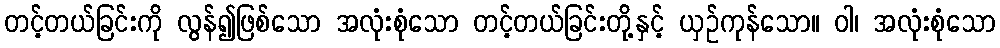
တင့်တယ်ခြင်းကို လွန်၍ဖြစ်သော အလုံးစုံသော တင့်တယ်ခြင်းတို့နှင့် ယှဉ်ကုန်သော။ ဝါ၊ အလုံးစုံသော